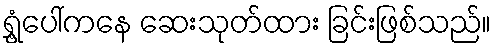
ရွှံ့ပေါ်ကနေ ဆေးသုတ်ထား ခြင်းဖြစ်သည်။